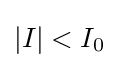
\left|I\right|<I_{0}